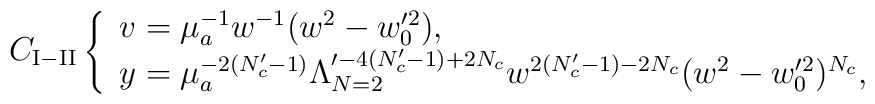
C_{{\rm I-II}}\left\{ \begin{array}{l}               v=\mu_a^{-1}w^{-1}(w^2-w_0^{\prime 2}), \\               y=\mu_a^{-2(N_c'-1)}\Lambda_{N=2}^{\prime -4(N_c'-1)+2N_c}                 w^{2(N_c'-1)-2N_c}(w^2-w_0^{\prime 2})^{N_c},            \end{array} \right.